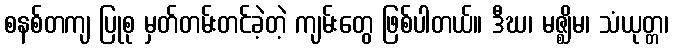
စနစ်တကျ ပြုစု မှတ်တမ်းတင်ခဲ့တဲ့ ကျမ်းတွေ ဖြစ်ပါတယ်။ ဒီဃ၊ မဇ္ဈိမ၊ သံယုတ္တ၊